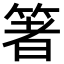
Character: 箸